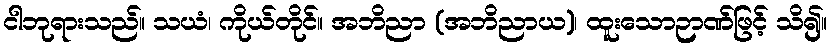
ငါဘုရားသည်။ သယံ၊ ကိုယ်တိုင်။ အဘိညာ (အဘိညာယ)၊ ထူးသောဉာဏ်ဖြင့် သိ၍။